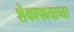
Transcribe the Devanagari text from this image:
शेकापक्ष्याच्या